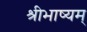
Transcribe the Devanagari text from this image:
श्रीभाष्यम्